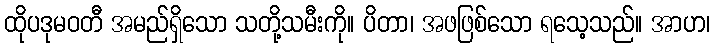
ထိုပဒုမဝတီ အမည်ရှိသော သတို့သမီးကို။ ပိတာ၊ အဖဖြစ်သော ရသေ့သည်။ အာဟ၊